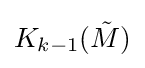
K_{k-1}({\tilde {M}})